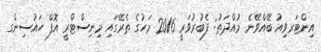
އިންޓަރވިއު ބޭއްވޭނެ މުއްދަތު: ފެބުރުވަރީ 2016 މަހުގެ ތެރޭގައި މިނިސްޓްރީ އޮފް ހައުސިންގ